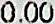
0.00